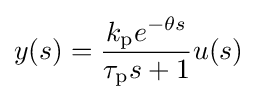
y(s)={\frac {k_{\text{p}}e^{-\theta s}}{\tau _{\text{p}}s+1}}u(s)